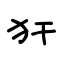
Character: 犴